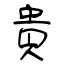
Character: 貴